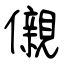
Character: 儭